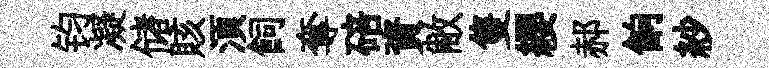
钧凝储賅湏飼奪碚資敝隻纓郝餉紗